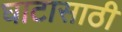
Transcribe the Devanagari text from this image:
घाटासाठी